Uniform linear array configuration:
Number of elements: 12
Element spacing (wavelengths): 0.75
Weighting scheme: blackman
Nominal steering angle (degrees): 30
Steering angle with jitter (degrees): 29.598
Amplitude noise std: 0.05
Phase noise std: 0.05

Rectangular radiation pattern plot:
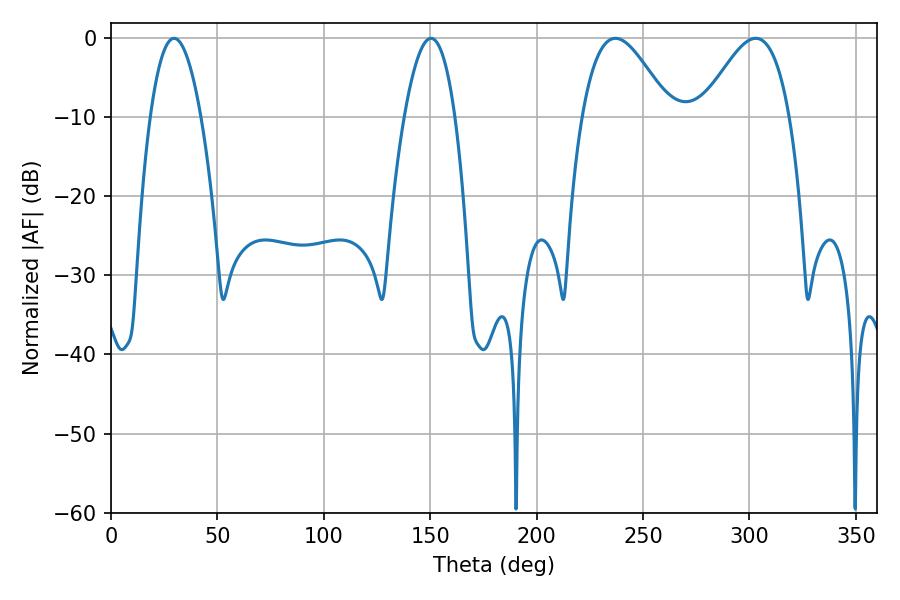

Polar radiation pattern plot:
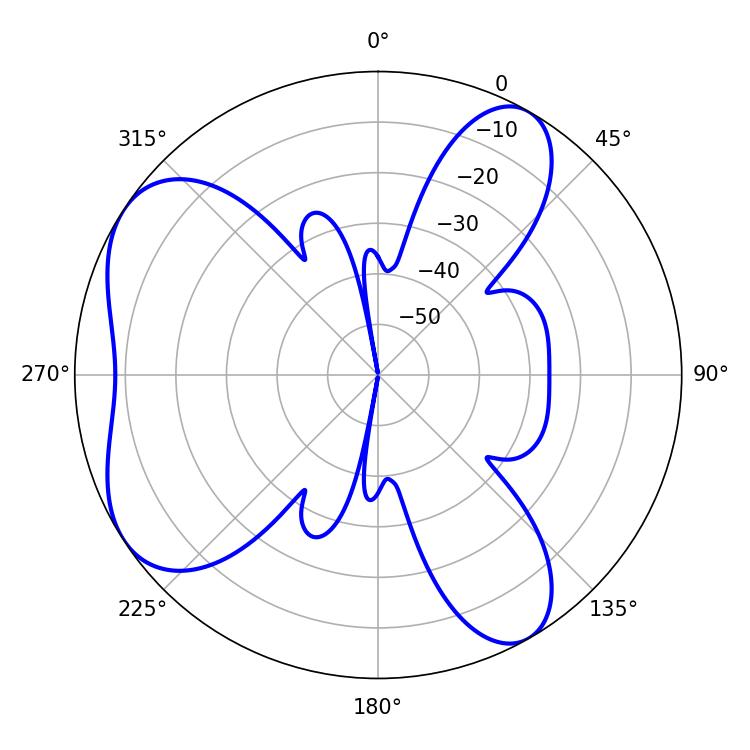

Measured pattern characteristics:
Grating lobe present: TRUE
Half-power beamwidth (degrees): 22.14
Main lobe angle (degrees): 237.06